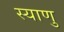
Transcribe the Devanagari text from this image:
स्याणु